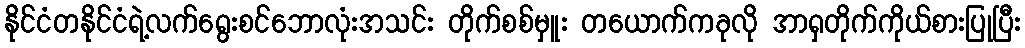
နိုင်ငံတနိုင်ငံရဲ့လက်ရွေးစင်ဘောလုံးအသင်း တိုက်စစ်မှူး တယောက်ကခုလို အာရှတိုက်ကိုယ်စားပြုပြီး